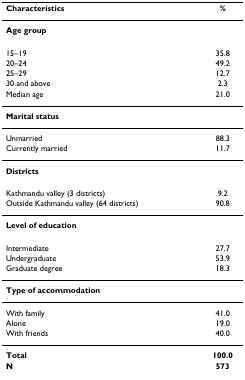
<table><thead><tr><td><b>Characteristics</b></td><td><b>%</b></td></tr></thead><tbody><tr><td><b>Age group</b></td><td></td></tr><tr><td>15–19</td><td>35.8</td></tr><tr><td>20–24</td><td>49.2</td></tr><tr><td>25–29</td><td>12.7</td></tr><tr><td>30 and above</td><td>2.3</td></tr><tr><td>Median age</td><td>21.0</td></tr><tr><td><b>Marital status</b></td><td></td></tr><tr><td>Unmarried</td><td>88.3</td></tr><tr><td>Currently married</td><td>11.7</td></tr><tr><td><b>Districts</b></td><td></td></tr><tr><td>Kathmandu valley (3 districts)</td><td>9.2</td></tr><tr><td>Outside Kathmandu valley (64 districts)</td><td>90.8</td></tr><tr><td><b>Level of education</b></td><td></td></tr><tr><td>Intermediate</td><td>27.7</td></tr><tr><td>Undergraduate</td><td>53.9</td></tr><tr><td>Graduate degree</td><td>18.3</td></tr><tr><td><b>Type of accommodation</b></td><td></td></tr><tr><td>With family</td><td>41.0</td></tr><tr><td>Alone</td><td>19.0</td></tr><tr><td>With friends</td><td>40.0</td></tr><tr><td><b>Total</b></td><td><b>100.0</b></td></tr><tr><td><b>N</b></td><td><b>573</b></td></tr></tbody></table>